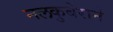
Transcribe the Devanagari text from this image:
नलकुबेराने